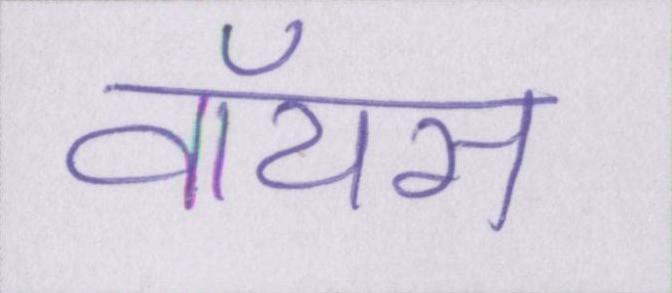
वॉयस